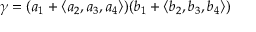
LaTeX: \gamma = ( a _ { 1 } + \langle a _ { 2 } , a _ { 3 } , a _ { 4 } \rangle ) ( b _ { 1 } + \langle b _ { 2 } , b _ { 3 } , b _ { 4 } \rangle )